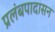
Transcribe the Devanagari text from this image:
प्रलंबपादासन